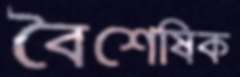
বৈশেষিক